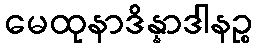
မေထုနာဒိန္နာဒါနဉ္စ